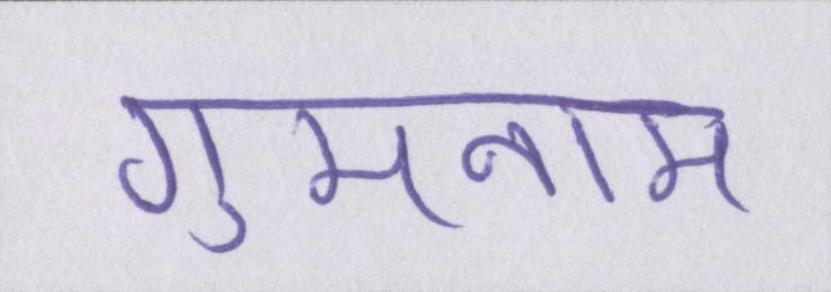
गुमनाम